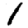
Digit: 1